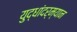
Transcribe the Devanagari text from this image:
युद्धांदर्म्यान